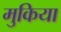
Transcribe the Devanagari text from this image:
मुकिया